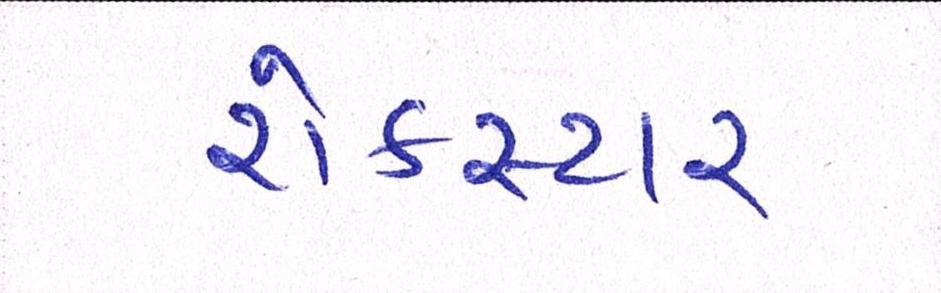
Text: રોકસ્ટાર